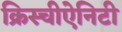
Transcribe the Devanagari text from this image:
क्रिस्चीऐनिटी